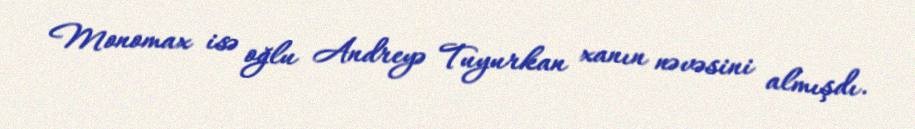
Monomax isə oğlu Andreyə Tuyurkan xanın nəvəsini almışdı.